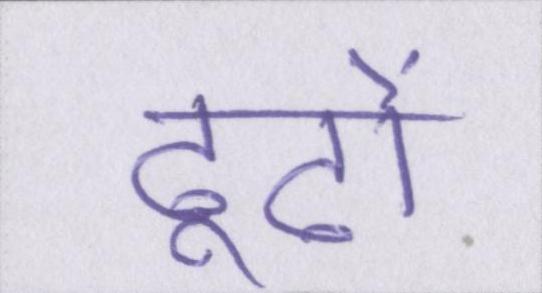
ढूढों